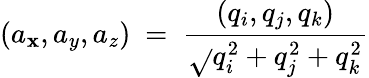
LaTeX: (a_{\mathbf{x}},a_{y},a_{z})\ =\ {\frac{{(q_{i},q_{j},q_{k})}}{{\sqrt{}{{q_{i}^{2}+q_{j}^{2}+q_{k}^{2}}}}}}